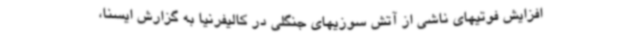
افزایش فوتیهای ناشی از آتش سوزیهای جنگلی در کالیفرنیا به گزارش ایسنا،